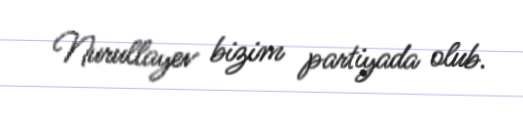
Nurullayev bizim partiyada olub.